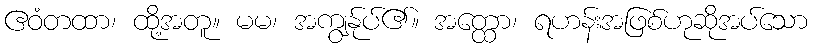
ဧဝံတထာ၊ ထို့အတူ။ မမ၊ အကျွန်ုပ်၏။ အတ္ထော၊ ရဟန်းအဖြစ်ဟုဆိုအပ်သော